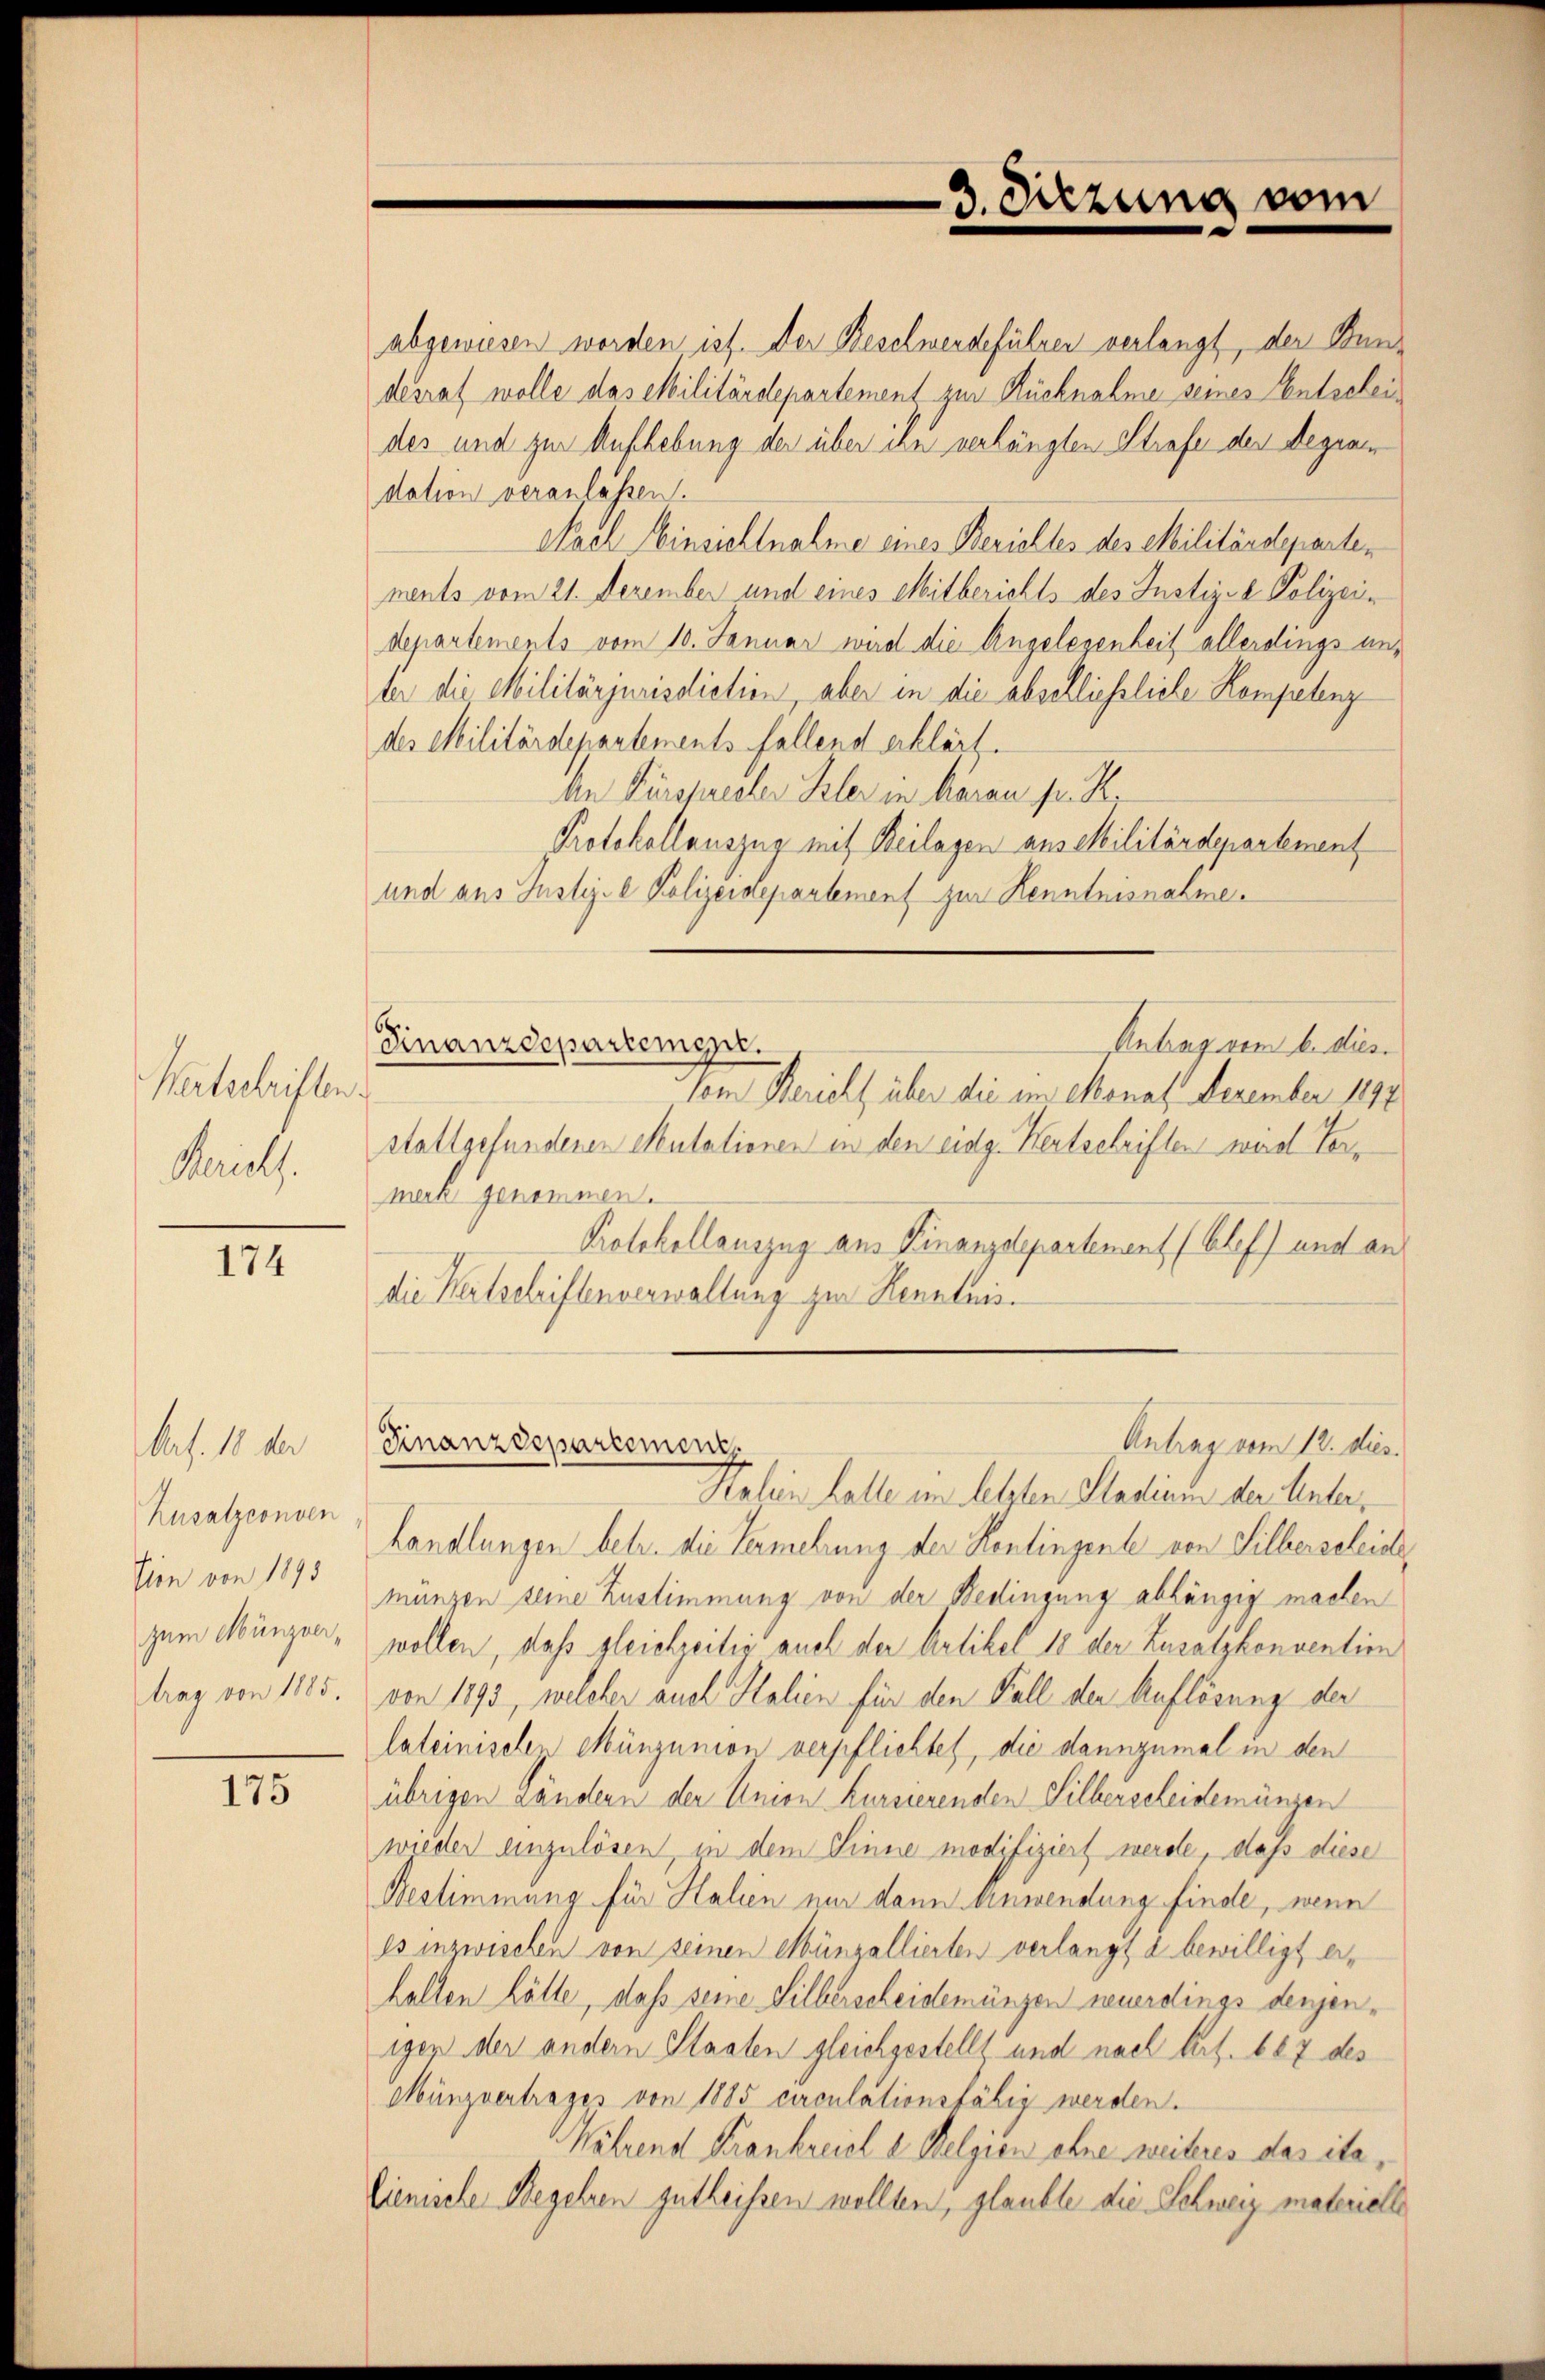
Wertschriften
Mariels.

174

175

Art. 18 der
Kusalzconven
Vion von 1895
zum Münzvertrag von 1885.

abgewiesen worden ist. Der Beschwerdeführer verlangt, der Bundesrat wolle das Militärdepartement zur Rücknahme seines Entscheides und zur Aufhebung der über ihn verhängten Strafe der Regiae
dation veranlassen.
Nach Einsichtnahme eines Berichtes des Militärdeparten
ments vom 21. Dezember und eines Mitberichts des Justizse Polizeidepartements vom 10. Januar wird die Angelegenheit allerdings unter die Militärjurisdiction, aber in die abschliessliche Kompetenz
des Militärdepartementsfallend erklärt
An Fürsprecher Isler in daran fr. R.
Protokollauszug mit Beilagen aus Militärdepartement
und aus Justiz-l Polizeidepartement zur Kenntnisnahme.
Antrag vom 6. dies
Finanzdepartemepr.
.
Vom Bericht über die im Monat Dezember 1897
stattgefundenen Mutationen in den eidg. Kertschriften wird Vormerk genommen.
Protokollauszug aus Finanzdepartement (Elef) und an
die Kertschriftenverwaltung zur Kenntnis.

3. Sitzung vom

Halein Halle im letzten Stadlin in der Unterhandlungen betr. die Vermehrung der Kontingente von Silberseleide
mungen seine Zustimmung von der Bedingung abhängig machen
wollen, daß gleichzeitig auch der Artikel 18 der Zusatzkonvention
von 1893, welcher auch Halien für den Fall der Auflösung der
lateinische Münzunion verpflichtet, die dannzumal in den
übrigen Ländern der Union Kursierenden Silberscheidemünzen
wieder einzulösen, in dem Sinne modifiziert werde, dass diese
Bestimmung für Halien nur dann Anwendung finde, wenn
es inzwischen von seinen Münzellierten verlangt d bewilligt erhalten hölle, daß seine Silberscheidemünzen neuerdings denjenigen der andern Staaten gleichgestellt und nach Art. 107 des
Münzvertrages von 1885 circulationsfähig werden.
Während Krankreisl d Belgien ohne weiteres das ita,
lienische Begehren gutheißen wollten, glaubte die Schweiz materielle

Antrag vom 12. dies
Finanzdepartement.